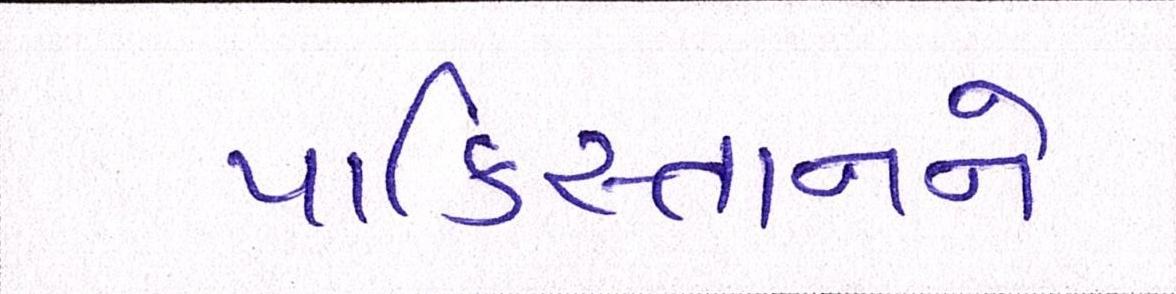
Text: પાકિસ્તાનને